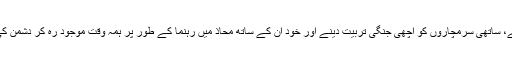
جنگی حکمت علمی بنانے، ساتھی سرمچاروں کو اچھی جنگی تربیت دینے اور خود اِن کے ساتھ محاذ میں رہنما کے طور پر ہمہ وقت موجود رہ کر دشمن کی نیندیں حرام کرچکا تھا۔